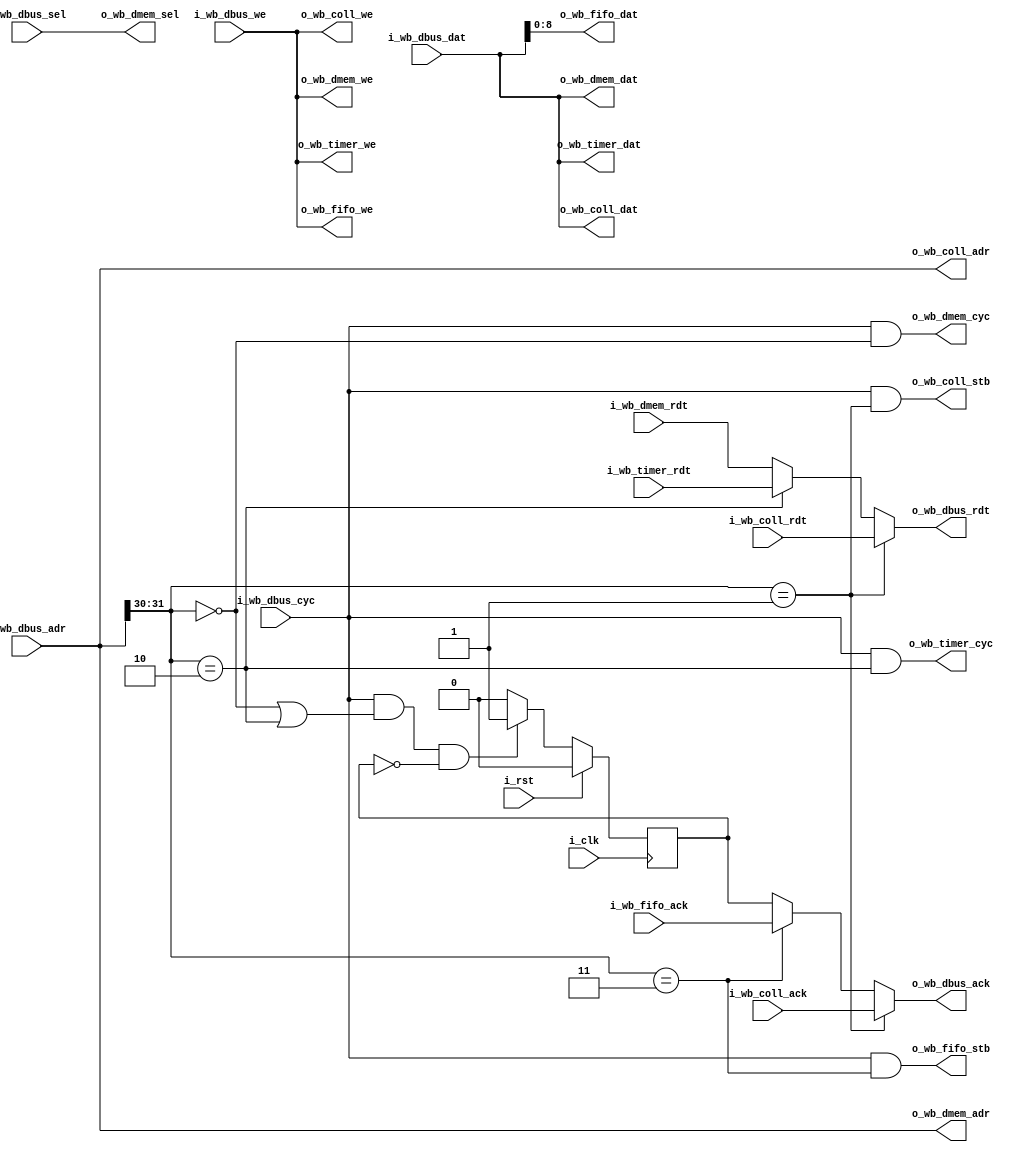
/*
 mem = 00
 coll = 01
 timer = 10
 FIFO = 11
 */
module base_mux
  (
   input wire 	      i_clk,
   input wire 	      i_rst,
   input wire [31:0]  i_wb_dbus_adr,
   input wire [31:0]  i_wb_dbus_dat,
   input wire [3:0]   i_wb_dbus_sel,
   input wire 	      i_wb_dbus_we,
   input wire 	      i_wb_dbus_cyc,
   output wire [31:0] o_wb_dbus_rdt,
   output wire 	      o_wb_dbus_ack,
   //RW
   output wire [31:0] o_wb_dmem_adr,
   output wire [31:0] o_wb_dmem_dat,
   output wire [3:0]  o_wb_dmem_sel,
   output wire 	      o_wb_dmem_we,
   output wire 	      o_wb_dmem_cyc,
   input wire [31:0]  i_wb_dmem_rdt,
   //RW
   output wire [31:0] o_wb_coll_adr,
   output wire [31:0] o_wb_coll_dat,
   output wire 	      o_wb_coll_we,
   output wire 	      o_wb_coll_stb,
   input wire [31:0]  i_wb_coll_rdt,
   input wire 	      i_wb_coll_ack,
   //RW
   output wire [31:0] o_wb_timer_dat,
   output wire 	      o_wb_timer_we,
   output wire 	      o_wb_timer_cyc,
   input wire [31:0]  i_wb_timer_rdt,
   //W
   output wire [8:0]  o_wb_fifo_dat,
   output wire 	      o_wb_fifo_we,
   output wire 	      o_wb_fifo_stb,
   input wire 	      i_wb_fifo_ack);

   parameter sim = 0;

   reg 		      ack;

   wire 	  dmem_en  = i_wb_dbus_adr[31:30] == 2'b00;
   wire 	  coll_en  = i_wb_dbus_adr[31:30] == 2'b01;
   wire 	  timer_en = i_wb_dbus_adr[31:30] == 2'b10;
   wire 	  fifo_en  = i_wb_dbus_adr[31:30] == 2'b11;

   assign o_wb_dbus_rdt = coll_en  ? i_wb_coll_rdt :
			  timer_en ? i_wb_timer_rdt :
			  i_wb_dmem_rdt;
   assign o_wb_dbus_ack = coll_en ? i_wb_coll_ack :
			  fifo_en ? i_wb_fifo_ack :
			  ack;

   always @(posedge i_clk) begin
      ack <= 1'b0;
      if (i_wb_dbus_cyc & (dmem_en | timer_en) & !ack)
	ack <= 1'b1;
      if (i_rst)
	ack <= 1'b0;
   end

   assign o_wb_dmem_adr = i_wb_dbus_adr;
   assign o_wb_dmem_dat = i_wb_dbus_dat;
   assign o_wb_dmem_sel = i_wb_dbus_sel;
   assign o_wb_dmem_we  = i_wb_dbus_we;
   assign o_wb_dmem_cyc = i_wb_dbus_cyc & dmem_en;

   assign o_wb_coll_adr = i_wb_dbus_adr;
   assign o_wb_coll_dat = i_wb_dbus_dat;
   assign o_wb_coll_we  = i_wb_dbus_we;
   assign o_wb_coll_stb = i_wb_dbus_cyc & coll_en;

   assign o_wb_timer_dat = i_wb_dbus_dat;
   assign o_wb_timer_we  = i_wb_dbus_we;
   assign o_wb_timer_cyc = i_wb_dbus_cyc & timer_en;

   assign o_wb_fifo_dat = i_wb_dbus_dat[8:0];
   assign o_wb_fifo_we  = i_wb_dbus_we;
   assign o_wb_fifo_stb = i_wb_dbus_cyc & fifo_en;
endmodule